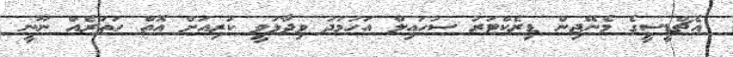
އެޗްޑީސީގެ މެނޭޖިން ޑިރެކްޓަރު ސުހައިލް އަހުމަދު ވިދާޅުވީ ކުރިއަށް އޮތް ހަތަރެއް ނޫނީ